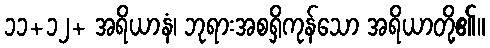
၁၁+၁၂+ အရိယာနံ၊ ဘုရားအစရှိကုန်သော အရိယာတို့၏။